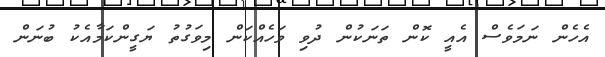
އެހެން ނަމަވެސް އެއީ ކޮން ތަނަކުން ދުވި ވަހެއްކަން މިވަގުތު ޔަގީންކަމާއެކު ބުނަން